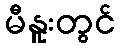
မီနူးတွင်